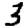
Digit: 3